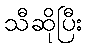
သီဆိုပြီး